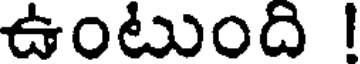
ఉంటుంది !